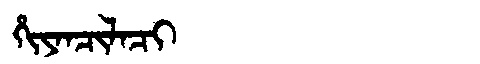
Manchu: ᡥᡳᠶᠠᠨᠴᡳᠯᠠᠴᡳ
Romanization: HIYANCILACI